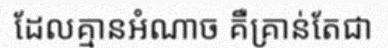
ដែលគ្មានអំណាច គឺគ្រាន់តែជា